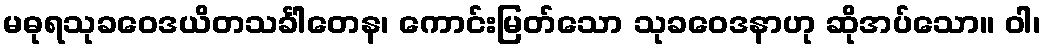
မဓုရသုခဝေဒယိတသင်္ခါတေန၊ ကောင်းမြတ်သော သုခဝေဒနာဟု ဆိုအပ်သော။ ဝါ၊